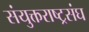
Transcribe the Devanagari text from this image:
संयुक्तराष्ट्रसंघ